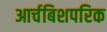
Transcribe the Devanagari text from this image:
आर्चबिशपरिक